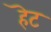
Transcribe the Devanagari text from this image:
हॆट